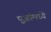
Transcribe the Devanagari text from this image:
पूजांमध्ये